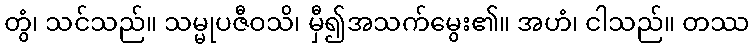
တွံ၊ သင်သည်။ သမ္မုပဇီဝသိ၊ မှီ၍အသက်မွေး၏။ အဟံ၊ ငါသည်။ တဿ